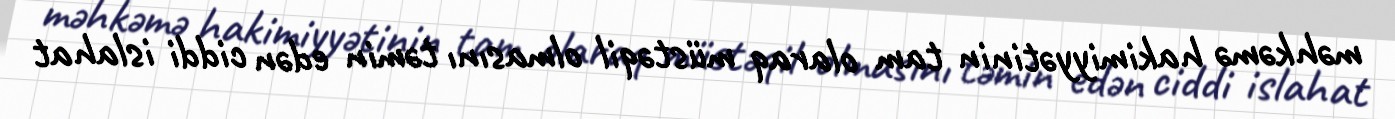
məhkəmə hakimiyyətinin tam olaraq müstəqil olmasını təmin edən ciddi islahat